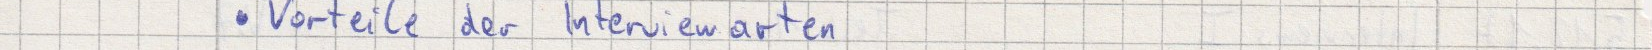
Vorteile der Interviewarten